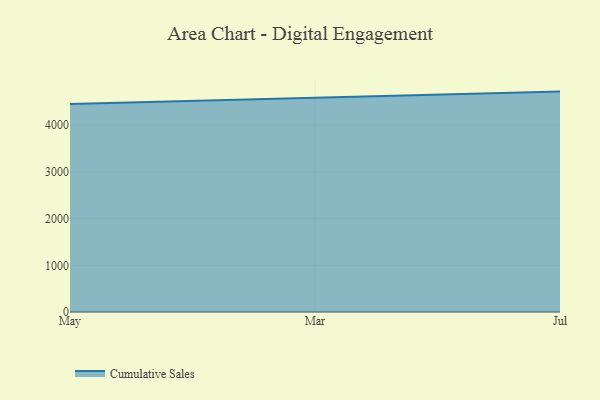
{"axis": {"x": "Month", "y": "Revenue (USD Million)"}, "legend": ["Cumulative Sales"], "data": [{"x": "May", "y": 4455.9, "type": "Cumulative Sales"}, {"x": "Mar", "y": 4582.0, "type": "Cumulative Sales"}, {"x": "Jul", "y": 4721.6, "type": "Cumulative Sales"}]}